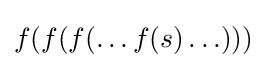
f(f(f(\ldots f(s)\ldots )))